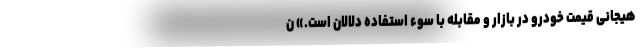
هیجانی قیمت خودرو در بازار و مقابله با سوء استفاده دلالان است.» ن